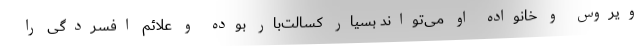
ویروس و خانواده او می‌تواند بسیار کسالت‌بار بوده و علائم افسردگی را